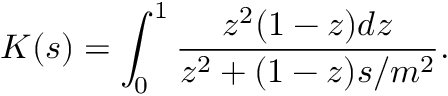
K ( s ) = \int _ { 0 } ^ { 1 } \frac { z ^ { 2 } ( 1 - z ) d z } { z ^ { 2 } + ( 1 - z ) s / m ^ { 2 } } .